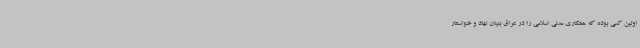
اولین کسی بوده که همکاری مدنی اسلامی را در عراق بنیان نهاد و خواستار